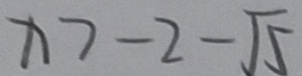
x > - 2 - \sqrt { 5 }